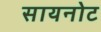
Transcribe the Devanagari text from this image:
सायनोट